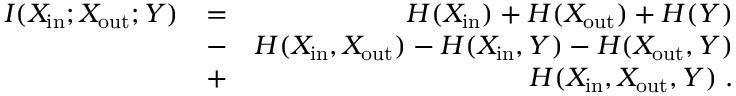
\begin{array} { r l r } { I ( X _ { \mathrm { i n } } ; X _ { \mathrm { o u t } } ; Y ) } & { = } & { H ( X _ { \mathrm { i n } } ) + H ( X _ { \mathrm { o u t } } ) + H ( Y ) } \\ & { - } & { H ( X _ { \mathrm { i n } } , X _ { \mathrm { o u t } } ) - H ( X _ { \mathrm { i n } } , Y ) - H ( X _ { \mathrm { o u t } } , Y ) } \\ & { + } & { H ( X _ { \mathrm { i n } } , X _ { \mathrm { o u t } } , Y ) \; . } \end{array}